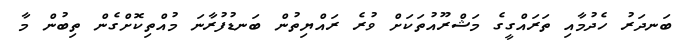
ބަނދަރު ހެދުމާއި ތަރައްގީގެ މަޝްރޫއުތަކަށް ވުރެ ރައްޔިތުން ބަނޑުފުރާނަ މުއްތިކޮށްގެން ތިބުން މާ